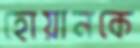
হোয়ানকে